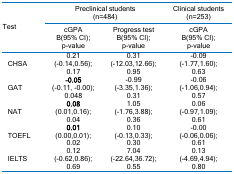
<table><thead><tr><td rowspan="2"><b>Test</b></td><td colspan="2"><b>Preclinical students(n=484)</b></td><td><b>Clinical students (n=253)</b></td></tr><tr><td><b>cGPAB(95% CI);p-value</b></td><td><b>Progress testB(95% CI);p-value</b></td><td><b>cGPAB(95% CI);p-value</b></td></tr></thead><tbody><tr><td>CHSA</td><td>0.21(-0.14,0.56);0.17</td><td>0.31(-12.03,12.66); 0.95</td><td>-0.09(-1.77,1.60);0.63</td></tr><tr><td>GAT</td><td><b>-0.05</b>(-0.11, -0.00); 0.048</td><td>-0.99(-3.35,1.36); 0.31</td><td>-0.06(-1.06,0.94);0.57</td></tr><tr><td>NAT</td><td><b>0.08</b>(0.01,0.16); 0.04</td><td>1.05(-1.76,3.88); 0.36</td><td>0.06(-0.97,1.09);0.61</td></tr><tr><td>TOEFL</td><td><b>0.01</b>(0.00,0.01); 0.02</td><td>0.10(-0.13,0.33); 0.30</td><td>-0.00(-0.06,0.06);0.61</td></tr><tr><td>IELTS</td><td> 0.12(-0.62,0.86); 0.69</td><td>7.04(-22.64,36.72); 0.55</td><td>0.13(-4.69,4.94);0.80</td></tr></tbody></table>